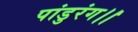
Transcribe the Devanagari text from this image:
पांडुरंग।।